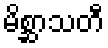
မိစ္ဆာသတီ